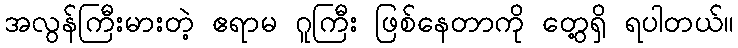
အလွန်ကြီးမားတဲ့ ဧရာမ ဂူကြီး ဖြစ်နေတာကို တွေ့ရှိ ရပါတယ်။